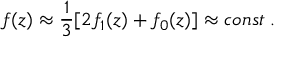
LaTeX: f ( z ) \approx \frac { 1 } { 3 } [ 2 f _ { 1 } ( z ) + f _ { 0 } ( z ) ] \approx c o n s t \; .